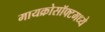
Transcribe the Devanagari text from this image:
मायक्रोसॉफ्टमध्ये